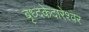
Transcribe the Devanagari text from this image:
बृध्दकेदारेश्वर